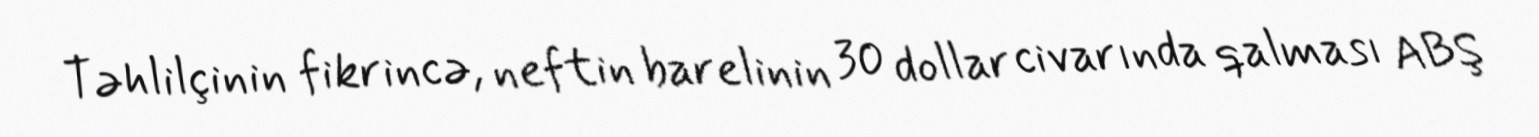
Təhlilçinin fikrincə, neftin barelinin 30 dollar civarında qalması ABŞ